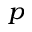
_ p